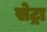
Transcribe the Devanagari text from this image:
सेट्रा